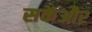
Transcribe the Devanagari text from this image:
सकेंऔर